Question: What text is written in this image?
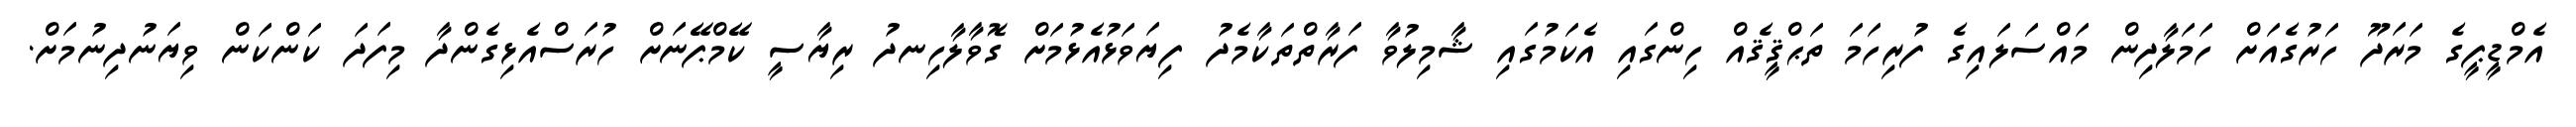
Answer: އެމްޑީޕީގެ މަރަދޫ ހަރުގެއަށް ހަމަލާދިން މައްސަލައިގެ ފުރިހަމަ ތަޙްޤީޤެއް ހިންގައި އެކަމުގައި ޝާމިލުވާ ފަރާތްތަކާމެދު ފިޔަވަޅުއެޅުމަށް ގޮވާލާހިނދު ރިޔާސީ ކޭމްޕޭނަށް ހުރަސްއެޅިގެންދާ މިފަދަ ކަންކަން ވިޔަނުދިނުމަށް.